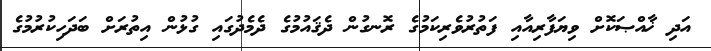
އަދި ޚާއްޞަކޮށް ވިޔަފާރިއާއި ފަތުރުވެރިކަމުގެ ރޮނގުން ދެޤައުމުގެ ދެމެދުގައި ގުޅުން އިތުރަށް ބަދަހިކުރުމުގެ